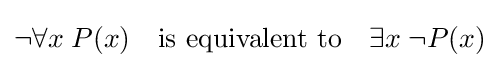
\lnot \forall x\;P(x)\quad {\text{is equivalent to}}\quad \exists x\;\lnot P(x)